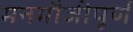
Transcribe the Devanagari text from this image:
मनमौजीपूर्ण